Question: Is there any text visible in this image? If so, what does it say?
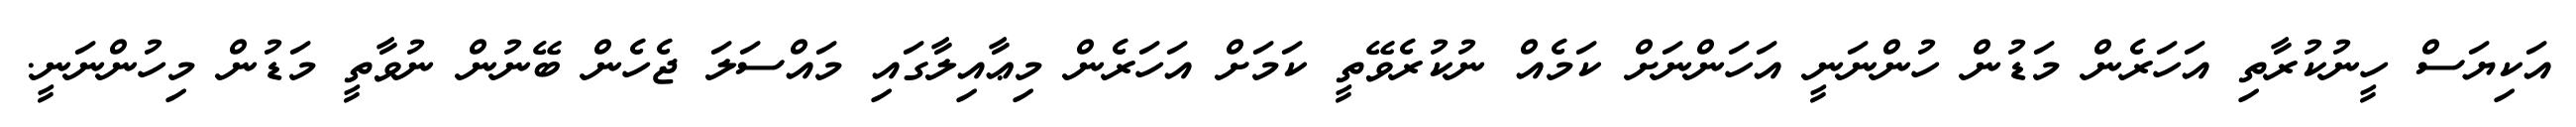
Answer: އަކިޔަސް ހީނުކުރާތި އަހަރެން މަޑުން ހުންނަނީ އަހަންނަށް ކަމެއް ނުކުރެވޭތީ ކަމަށް އަހަރެން މިޢާއިލާގައި މައްސަލަ ޖެހެން ބޭނުން ނުވާތީ މަޑުން މިހުންނަނީ.